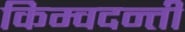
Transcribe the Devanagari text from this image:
किम्वदन्ती